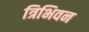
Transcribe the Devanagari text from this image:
त्रिभिवन